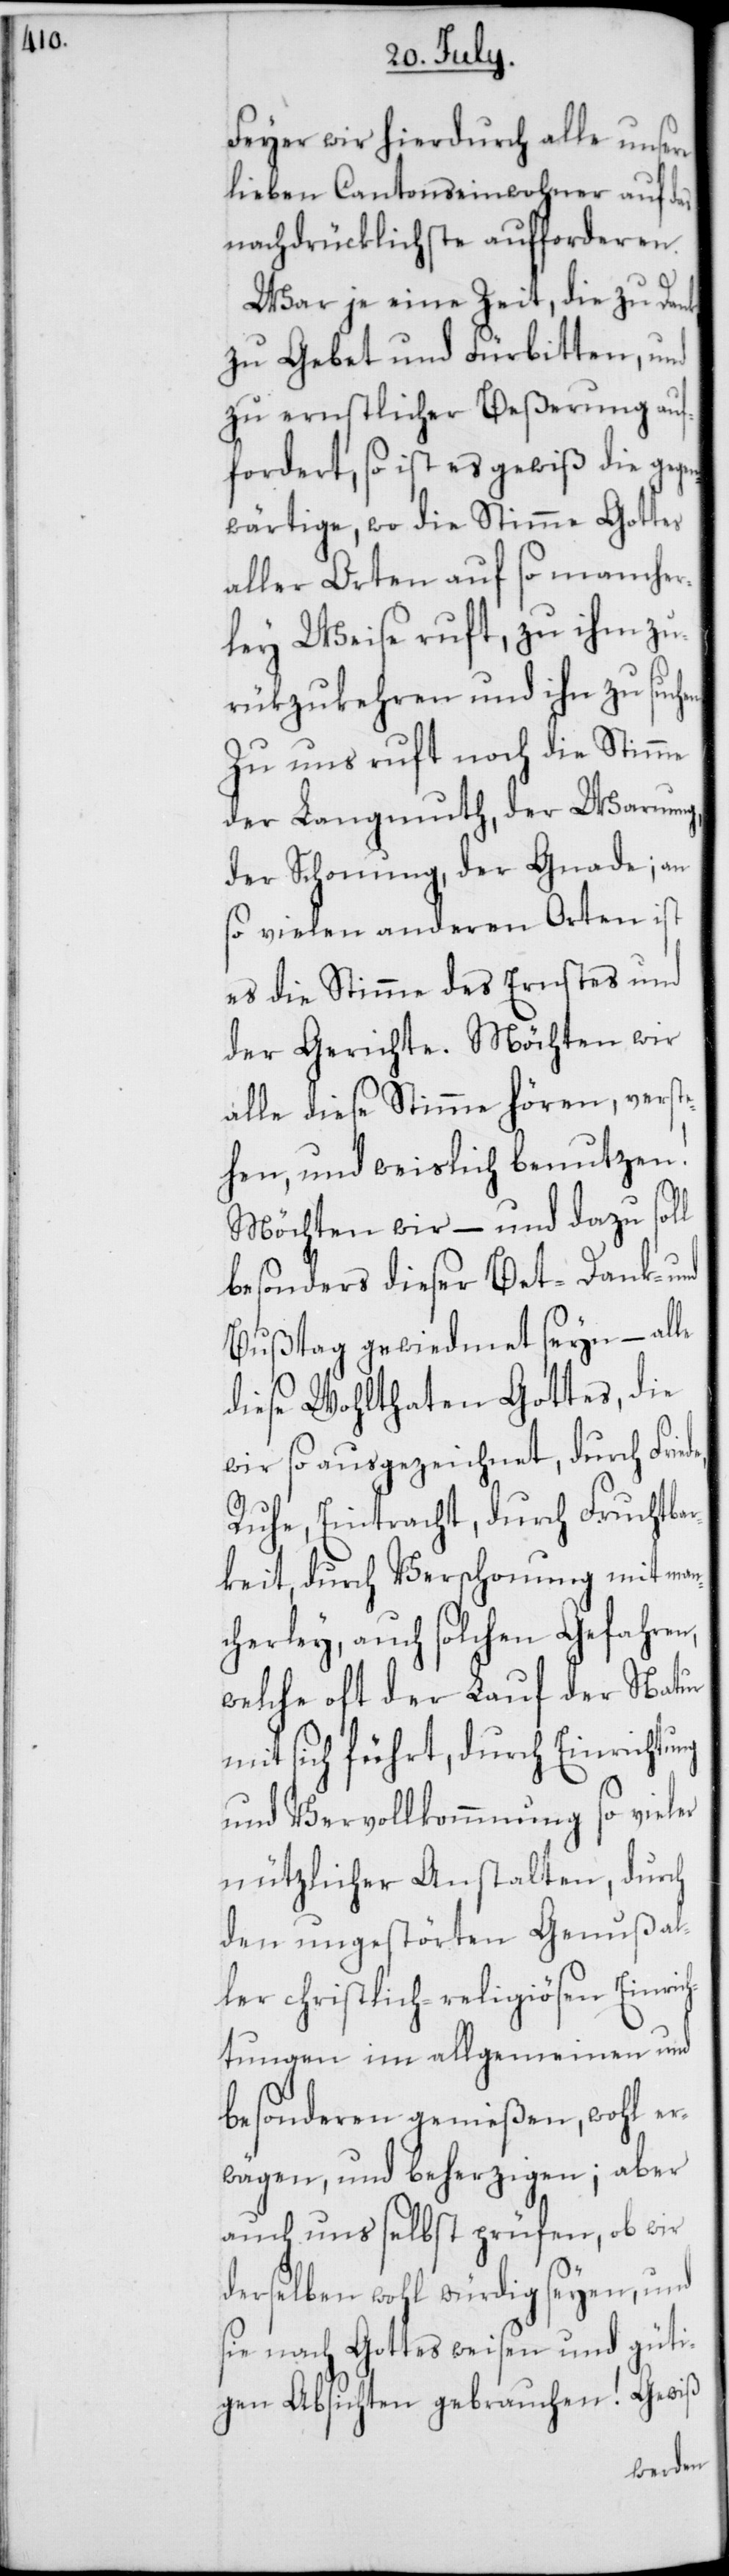
Feyer wir hierdurch alle unsere
lieben Cantonseinwohner auf das
nachdrücklichste aufforderen.
War je eine Zeit, die zu Dank,
zu Gebet und Fürbitten, und
zu ernstlicher Beßerung auf¬
fordert, so ist es gewiß die gege¬
nwärtige, wo die Stimme Gottes
aller Orten auf so mancher¬
ley Weise ruft, zu ihm zu¬
rükzukehren und ihn zu such¬
Zu uns ruft noch die Stimme
der Langmuth, der Warnung,
der Schonung, der Gnade; an
so vielen anderen Orten ist
es die Stimme des Ernstes und
der Gerichte. Möchten wir
alle diese Stimme hören, verste¬
hen und weislich benutzen!
Möchten wird – und dazu soll
besonders dieser Bet-[,]
Bußtag gewidmet seyn – alle
diese Wohlthaten Gottes, die
wir so ausgezeichnet, durch Fri¬
Ruhe, Eintracht, durch Fruchtb¬
arkeit, durch Verschonung mit man¬
cherley, auch solchen Gefahren,
welche oft der Lauf der Natur
mit sich führt, durch Einrichtung
und Vervollkommnung so vieler
nützlicher Anstalten, durch
den ungestörten Genuß al¬
ler christlich-religiösen Einric¬
htungen im allgemeinen und
Besonderen genießen, wohl er¬
wägen, und beherzigen; aber
auch uns selbst prüfen, ob wir
derselben wohl würdig seyen, und
sie nach Gottes weisen und güti¬
gen Absichten gebrauchen! Gewiß
ede,